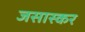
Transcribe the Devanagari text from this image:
जसास्कर